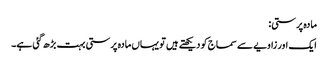
مادہ پرستی:
ایک اور زاویے سے سماج کو دیکھتے ہیں تو یہاں مادہ پرستی بہت بڑھ گئی ہے۔